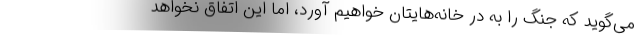
می‌گوید که جنگ را به در خانه‌هایتان خواهیم آورد، اما این اتفاق نخواهد